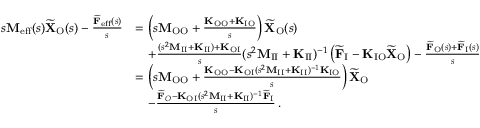
\begin{array} { r l } { s \mathbf { M } _ { \mathrm { e f f } } ( s ) \widetilde { \mathbf { X } } _ { \mathrm { O } } ( s ) - \frac { \widetilde { \mathbf { F } } _ { \mathrm { e f f } } ( s ) } { s } } & { = \left( s \mathbf { M } _ { \mathrm { O O } } + \frac { \mathbf { K } _ { \mathrm { O O } } + \mathbf { K } _ { \mathrm { I O } } } { s } \right) \widetilde { \mathbf { X } } _ { \mathrm { O } } ( s ) } \\ & { \quad + \frac { ( s ^ { 2 } \mathbf { M } _ { \mathrm { I I } } + \mathbf { K } _ { \mathrm { I I } } ) + \mathbf { K } _ { \mathrm { O I } } } { s } ( s ^ { 2 } \mathbf { M } _ { \mathrm { I I } } + \mathbf { K } _ { \mathrm { I I } } ) ^ { - 1 } \left( \widetilde { \mathbf { F } } _ { \mathrm { I } } - \mathbf { K } _ { \mathrm { I O } } \widetilde { \mathbf { X } } _ { \mathrm { O } } \right) - \frac { \widetilde { \mathbf { F } } _ { \mathrm { O } } ( s ) + \widetilde { \mathbf { F } } _ { \mathrm { I } } ( s ) } { s } } \\ & { = \left( s \mathbf { M } _ { \mathrm { O O } } + \frac { \mathbf { K } _ { \mathrm { O O } } - \mathbf { K } _ { \mathrm { O I } } ( s ^ { 2 } \mathbf { M } _ { \mathrm { I I } } + \mathbf { K } _ { \mathrm { I I } } ) ^ { - 1 } \mathbf { K } _ { \mathrm { I O } } } { s } \right) \widetilde { \mathbf { X } } _ { \mathrm { O } } } \\ & { \quad - \frac { \widetilde { \mathbf { F } } _ { O } - \mathbf { K } _ { \mathrm { O I } } ( s ^ { 2 } \mathbf { M } _ { \mathrm { I I } } + \mathbf { K } _ { \mathrm { I I } } ) ^ { - 1 } \widetilde { \mathbf { F } } _ { \mathrm { I } } } { s } \, . } \end{array}